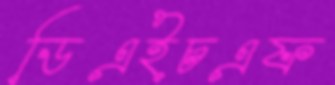
ডিএইচএফ